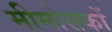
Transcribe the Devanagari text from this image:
मीमोसकों